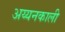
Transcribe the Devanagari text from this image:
अय्यनकाली